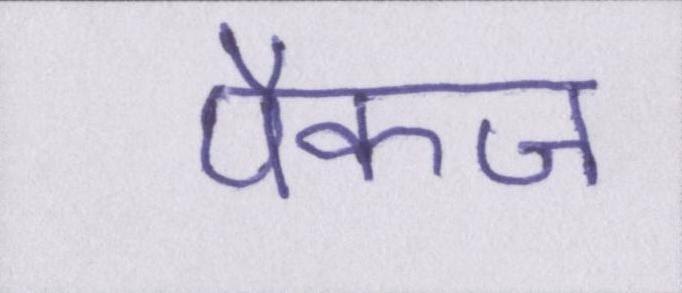
पैकज